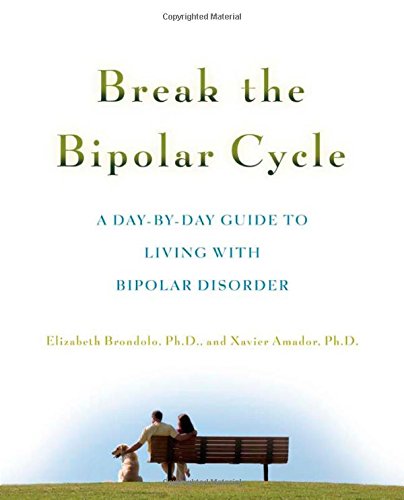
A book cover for Break the Bipolar Cycle: A Day-by-Day Guide to Living with Bipolar Disorder; Elizabeth Brondolo; Health, Fitness & Dieting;